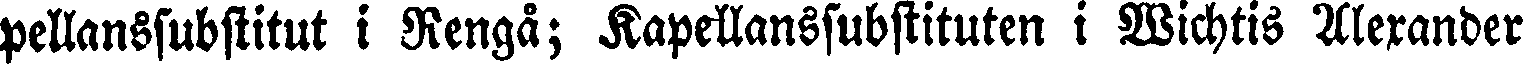
pellanssubstitut i Rengå; Kapellanssubstituten i Wichtis Alexander